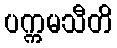
ပက္ကမသီတိ